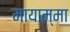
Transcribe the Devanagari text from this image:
मायाम्मा